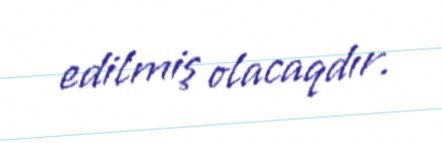
edilmiş olacaqdır.